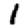
Digit: 1